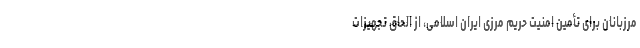
مرزبانان برای تأمین امنیت حریم مرزی ایران اسلامی، از الحاق تجهیزات